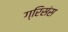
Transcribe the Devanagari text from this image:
ग्रिसंस